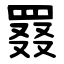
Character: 罬